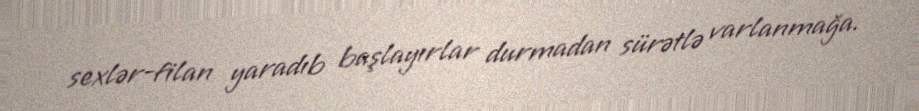
sexlər-filan yaradıb başlayırlar durmadan sürətlə varlanmağa.